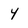
Character: 4